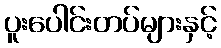
ပူးပေါင်းတပ်များနှင့်